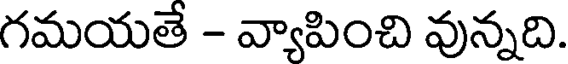
గమయతే - వ్యాపించి వున్నది.